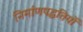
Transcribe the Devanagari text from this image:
निर्माणपद्धतियों